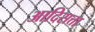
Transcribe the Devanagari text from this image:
आदिसत्ता